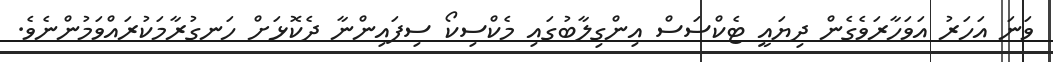
ވަނަ އަހަރު އަވަހާރަވެގެން ދިޔައީ ޓެކްސަސް އިންގިލާބުގައި މެކްސިކޯ ސިފައިންނާ ދެކޮޅަށް ހަނގުރާމަކުރައްވަމުންނެވެ.